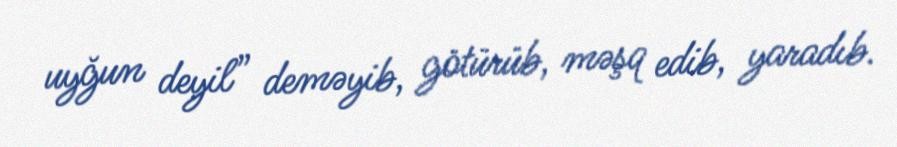
uyğun deyil” deməyib, götürüb, məşq edib, yaradıb.